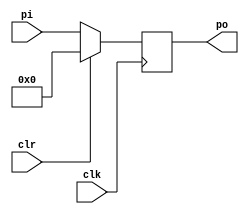
module pipo(input [3:0]pi, input clk, input clr, output reg [3:0]po);


always @(posedge clk)
begin

if(clr==1)
begin
po<=4'b0000;
end


else
begin
po<=pi;
end
end
endmodule